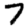
Digit: 7